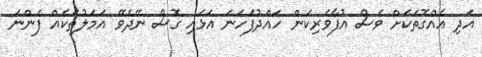
އަދި އެއްގޮތަކަށް ވެސް އުފާވެރިކަން ހައްދުފަހަނަ އަޅައި ގޮސް ނޭދެވޭ އަމަލުތަކެއް ފެންނަ